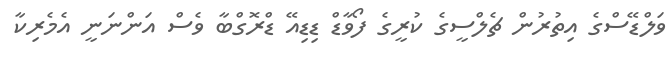
ވަލްޑޭސްގެ އިތުރުން ޗެލްސީގެ ކުރީގެ ފޯވާޑް ޑިޑިއޭ ޑްރޮގްބާ ވެސް އަންނަނީ އެމެރިކާ